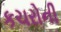
કચરોની